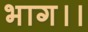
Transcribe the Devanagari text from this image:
भाग।।